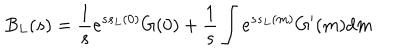
B _ { L } ( s ) = \frac { 1 } { s } e ^ { s s _ { L } ( 0 ) } G ( 0 ) + \frac { 1 } { s } \int e ^ { s s _ { L } ( m ) } G ^ { \prime } ( m ) d m